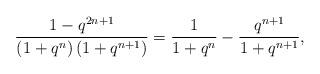
LaTeX: \begin{align*}\frac{1-q^{2n+1}}{\left(1+q^n\right)\left(1+q^{n+1}\right)}&=\frac{1}{1+q^n}-\frac{q^{n+1}}{1+q^{n+1}},\end{align*}